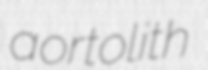
aortolith